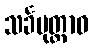
သင်္ခမုတ္တာဝ